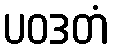
ပဝဒတံ